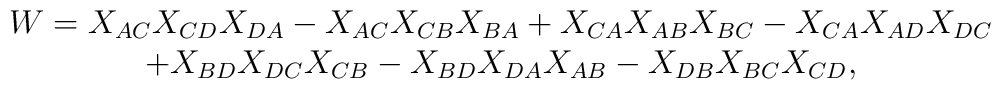
\begin{array}{c}		W = X_{AC}X_{CD}X_{DA} - X_{AC}X_{CB}X_{BA} + X_{CA}X_{AB}X_{BC}		- X_{CA}X_{AD}X_{DC} \\		+ X_{BD}X_{DC}X_{CB} - X_{BD}X_{DA}X_{AB}		- X_{DB}X_{BC}X_{CD},		\end{array}